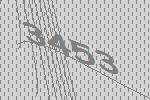
3453